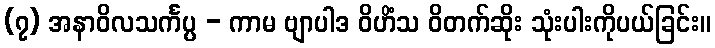
(၇) အနာဝိလသင်္ကပ္ပ - ကာမ ဗျာပါဒ ဝိဟိံသ ဝိတက်ဆိုး သုံးပါးကိုပယ်ခြင်း။